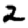
Digit: 2